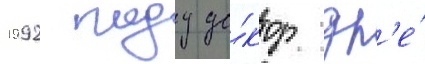
1992 году до́ктор др'е́